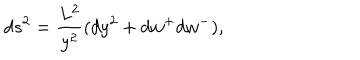
d s ^ { 2 } = \frac { L ^ { 2 } } { y ^ { 2 } } ( d y ^ { 2 } + d w ^ { + } d w ^ { - } ) ,